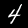
Digit: 4